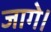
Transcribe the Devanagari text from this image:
जागे।